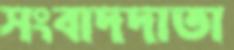
সংবাদদাতা